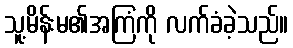
သူ့မိန်းမ၏အကြံကို လက်ခံခဲ့သည်။